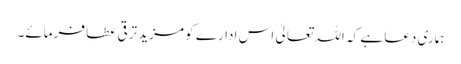
ہماری دعا ہے کہ اللہ تعالیٰ اس ادارے کو مزید ترقی عطا فرمائے۔